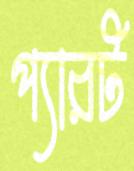
প্যারট